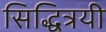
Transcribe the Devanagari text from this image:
सिद्धित्रयी